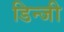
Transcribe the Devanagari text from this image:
डिन्जी